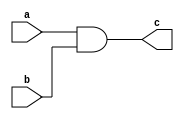
module and_g_lev(input a,input b,output c);
  and(c,a,b);
endmodule